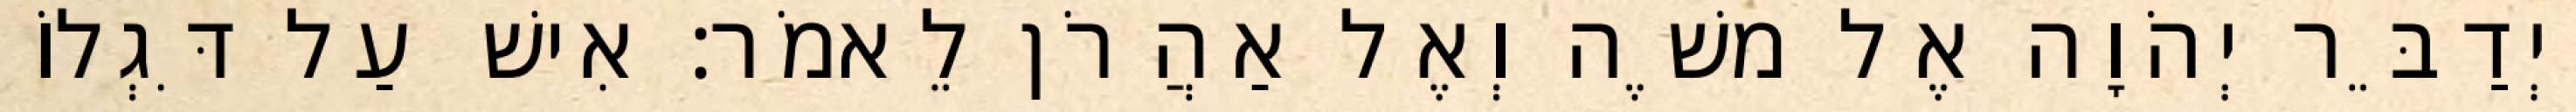
וַיְדַבֵּר יְהֹוָה אֶל משֶׁה וְאֶל אַהֲרֹן לֵאמֹר׃ אִישׁ עַל דִּגְלוֹ